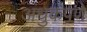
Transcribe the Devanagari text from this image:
अंधुकपणे